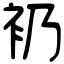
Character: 𧘌